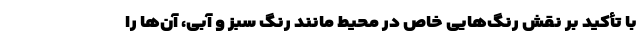
با تأکید بر نقش رنگ‌هایی خاص در محیط مانند رنگ سبز و آبی، آن‌ها را